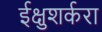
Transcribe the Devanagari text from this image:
ईक्षुशर्करा